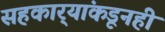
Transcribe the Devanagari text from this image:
सहकार्‍यांकडूनही